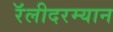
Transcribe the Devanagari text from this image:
रॅलीदरम्यान